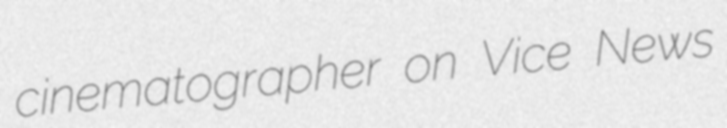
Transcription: cinematographer on Vice News